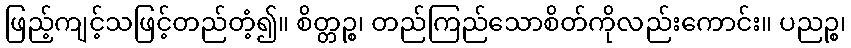
ဖြည့်ကျင့်သဖြင့်တည်တံ့၍။ စိတ္တဉ္စ၊ တည်ကြည်သောစိတ်ကိုလည်းကောင်း။ ပညဉ္စ၊